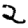
Digit: 2